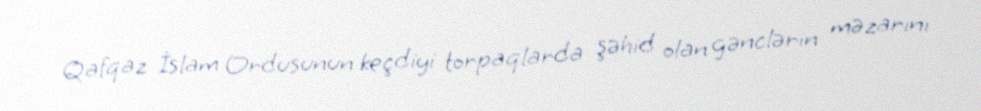
Qafqaz İslam Ordusunun keçdiyi torpaqlarda şəhid olan gənclərin məzarını